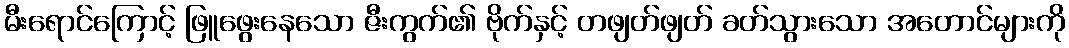
မီးရောင်ကြောင့် ဖြူဖွေးနေသော ဇီးကွက်၏ ဗိုက်နှင့် တဖျတ်ဖျတ် ခတ်သွားသော အတောင်များကို